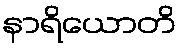
နာရိယောတိ